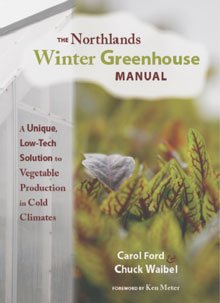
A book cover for Northlands Winter Greenhouse Manual; Crafts, Hobbies & Home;